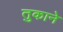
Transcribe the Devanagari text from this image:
तुकाने